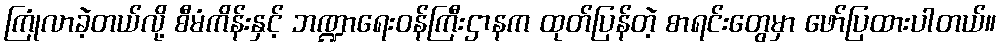
ကြုံလာခဲ့တယ်လို့ စီမံကိန်းနှင့် ဘဏ္ဍာရေးဝန်ကြီးဌာနက ထုတ်ပြန်တဲ့ စာရင်းတွေမှာ ဖော်ပြထားပါတယ်။